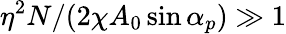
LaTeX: \eta^{2}N/(2\chi A_{0}\sin{\alpha_{p}})\gg 1